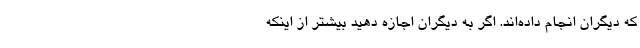
که دیگران انجام داده‌اند. اگر به دیگران اجازه دهید بیشتر از اینکه